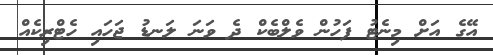
އޭގެ އަށް މިނެޓު ފަހުން ވެލްބެކް ދެ ވަނަ ލަނޑު ޖަހައި ހެޓްރިކެއް